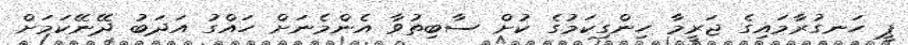
ޕީ ހަނގުރާމައިގެ ޖަރީމާ ހިންގިކަމުގެ ކުށް ސާބިތުވާ އެންމެނަށް ހައްގު އަދަބު ދޭނޭކަމަށް